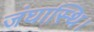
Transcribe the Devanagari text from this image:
जंघास्थि।